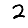
Digit: 2